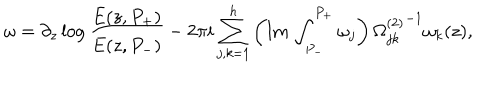
\omega = \partial _ { z } \log { \frac { E ( z , P _ { + } ) } { E ( z , P _ { - } ) } } - 2 \pi i \sum _ { j , k = 1 } ^ { h } \left( \mathrm { I m } \, \int _ { P _ { - } } ^ { P _ { + } } \omega _ { j } \right) { \Omega _ { j k } ^ { ( 2 ) } } ^ { - 1 } \omega _ { k } ( z ) ,